NAE_ERA_R-2632_ENSV_TA_Emakeele_Selts_1945-1955, lk 118
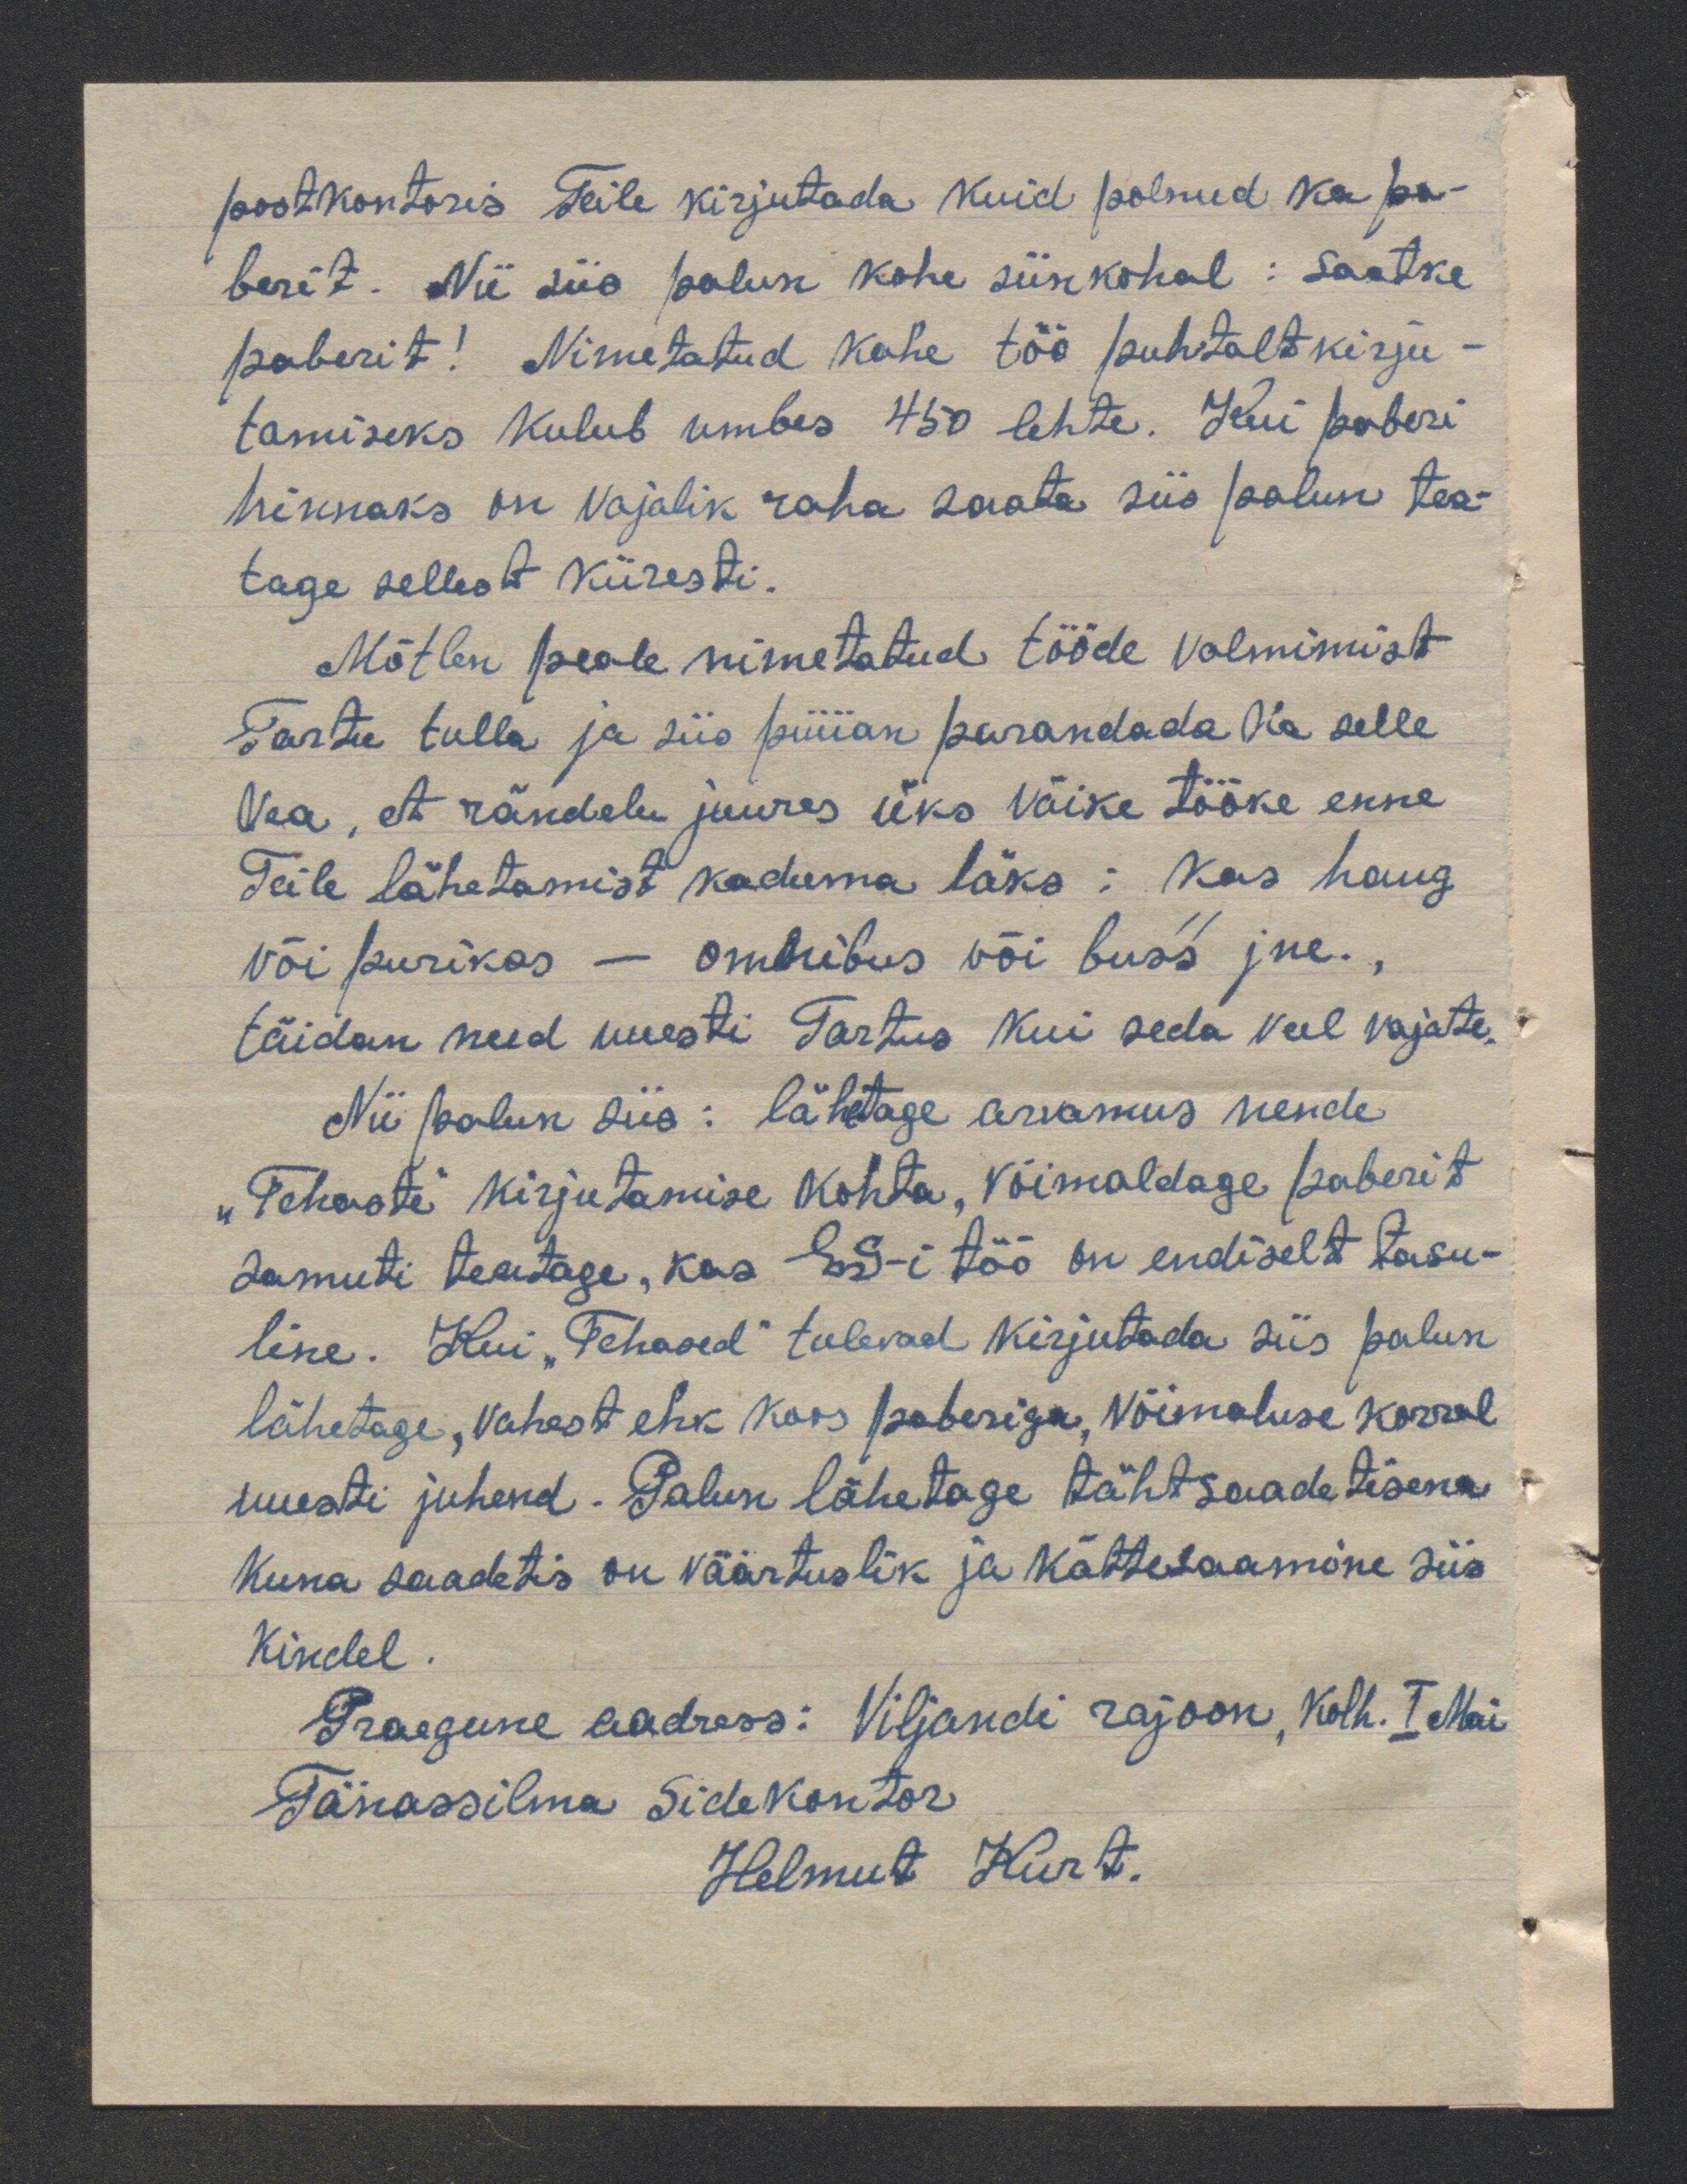
postkontoris Teile kirjutada. Kuid polnud ka pa-
berit. Nii siis palun kohe siinkohal: Saatke
paberit! Nimetatud kahe töö puhtalt kirju-
tamiseks kulub umbes 450 lehte. Kui paberi
hinnaks on vajalik raha saata siis palun tea-
tage sellest kiiresti.
Mõtlen peale nimetatud tööde valmimist
Tartu tulla ja siis püüan parandada ka selle
vea, et rändelu juures üks väike tööke enne
Teile lähetamist kaduma läks: Kas haug
või purikas - Omnibus või buss jne.
täidan need uuesti Tartus kui seda veel vajate.
Nii palun siis: lähetage arvamus nende
„Tehaste" kirjutamise kohta, võimaldage paberit
samuti teaatage, kas ES-i töö on endiselt tasu-
line. Kui "Tehased" tulevad kirjutada siis palun
lähetage, vahest ehk koos paberiga, võimaluse korral
uuesti juhend. Palun lähetage tähtsaadetisena
kuna saadetis on väärtuslik ja kättesaamine siis
kindel.
Praegune aadress: Viljandi rajoon, Kolh. I Mai
Tänassilma Sidekontor
Helmut Kurt.